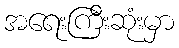
အရေးကြီးဆုံးမှာ